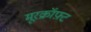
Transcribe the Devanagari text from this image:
मूरक्रॉफ़्ट